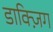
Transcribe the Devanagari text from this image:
डाक्ज़िग